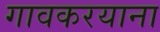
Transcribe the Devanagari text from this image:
गावकरयाना